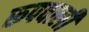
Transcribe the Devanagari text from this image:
रूपवाली